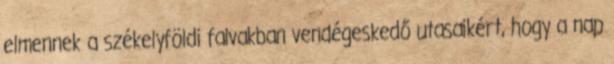
elmennek a székelyföldi falvakban vendégeskedő utasaikért, hogy a nap